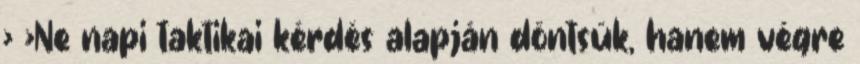
› ›Ne napi taktikai kérdés alapján döntsük, hanem végre